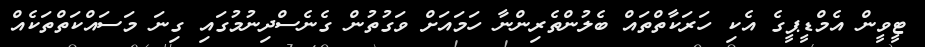
ޓީވީން އެމްޑީޕީގެ އެކި ހަރަކާތްތައް ބެލުންތެރިންނާ ހަމައަށް ވަގުތުން ގެނެސްދިނުމުގައި ގިނަ މަސައްކަތްތަކެއް